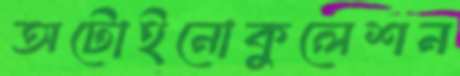
অটোইনোকুলেশন